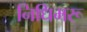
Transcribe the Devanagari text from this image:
निधिमरू